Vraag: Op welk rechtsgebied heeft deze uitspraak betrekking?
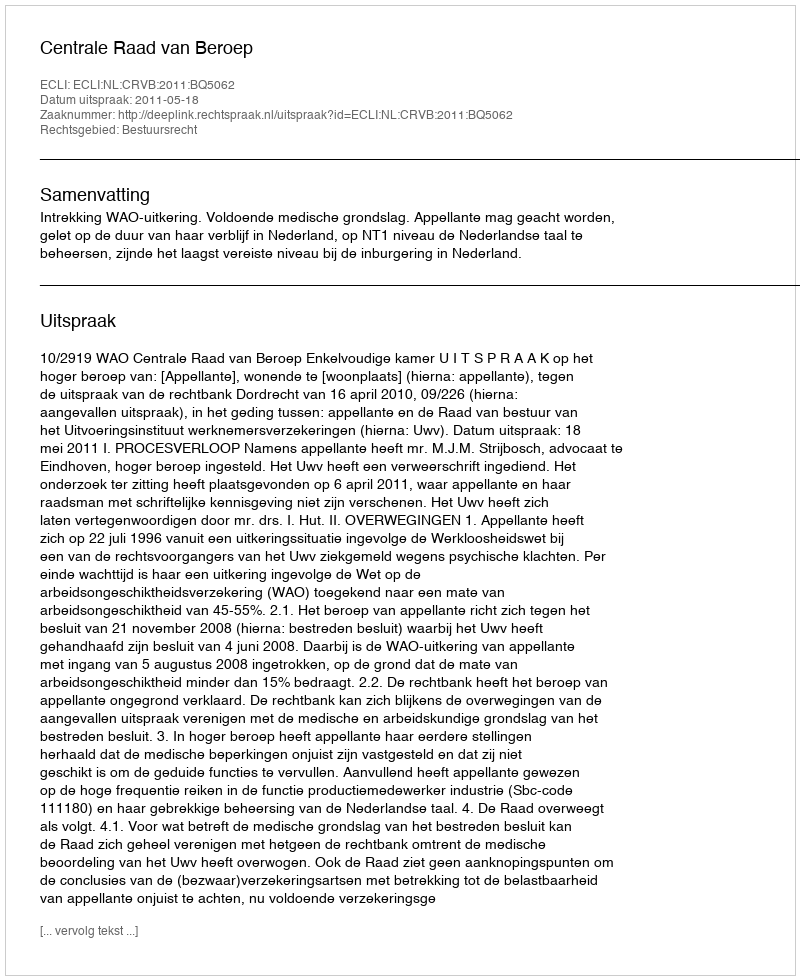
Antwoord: Bestuursrecht